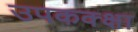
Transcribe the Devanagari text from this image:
उपकक्क्षा